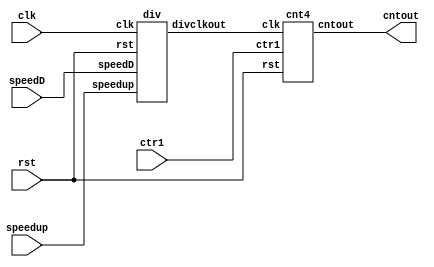
module lab2(cntout,clk,rst,speedup,speedD,ctr1);
output [3:0] cntout;
input clk;
input rst;
input speedup;
input speedD;
input ctr1;
wire divclk;
div d1(divclk,clk,rst,speedup,speedD);
cnt4 c1(cntout,divclk,rst,ctr1);
endmodule

module div(divclkout,clk,rst,speedup,speedD);
output divclkout;
input clk;
input rst;
input speedup;
input speedD;
reg [25:0] divclk;
reg [4:0] speed;
assign divclkout = divclk[speed];

always@(posedge clk or negedge rst)begin
    if(~rst)
        divclk <= 26'd0;
    else begin
        divclk <= divclk + 1'd1;
    end
end

always@(speedup,speedD,rst)begin
    if(~rst)
        speed = 5'd23;
    else if(~speedup)
        speed = 5'd22;
    else if(~speedD)
	speed = 5'd24;
    else
        speed = 5'd23;	
end
endmodule
	
module cnt4(cntout, clk, rst, ctr1);
output reg [3:0] cntout;
input clk,rst,ctr1;

always@(posedge clk or negedge rst)begin
    if(~rst)
        cntout <= 4'd0;
    else begin
        if(ctr1)
            cntout<=cntout+4'd1;
        else
            cntout<=cntout-4'd1;
   end
end
endmodule